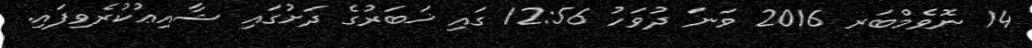
14 ނޮވެމްބަރ 2016 ވަނަ ދުވަހު 12:56 ގައި ޚަބަރުގެ ދަށުގައި ޝާއިޢުކުރެވިފައި.